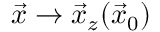
\vec { x } \rightarrow \vec { x } _ { z } ( \vec { x } _ { 0 } )